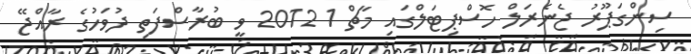
ސިންގަޕޫރު ޖެނެރަލް ހޮސްޕިޓަލްގައި މާޗް 1 2012 ވީ ބުރާސްފަތި ދުވަހުގެ ރާއްޖޭ